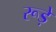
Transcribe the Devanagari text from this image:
रूड़े